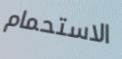
الاستحمام